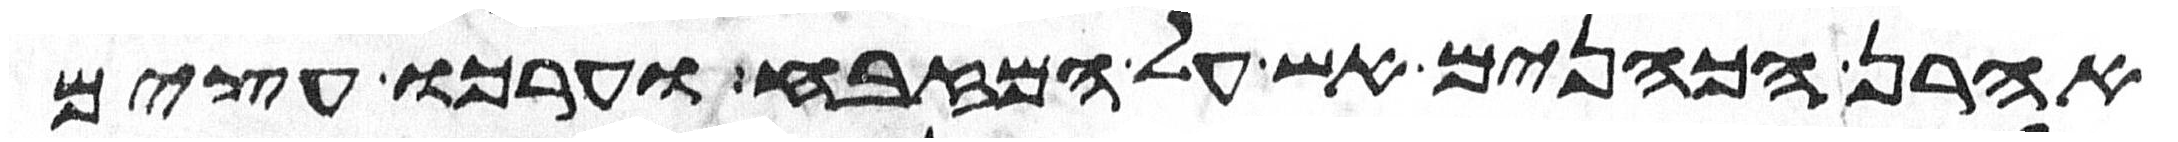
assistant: אהרן הכהנים אש על המזבח וערכו עצים